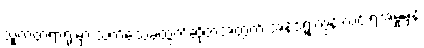
သူကတရာရုံးမှာ သက်သေခံထွက်ဆိုတဲ့အတွက် အန်ဒရူးကွန်းလင်းရဲ့အမှုမှန်